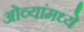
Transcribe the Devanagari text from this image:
ओव्यांमध्ये